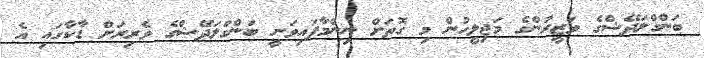
ބަންގްލަދޭޝްގެ ވަޒީރުންގެ މަޖިލީހުން މި ގޮތަށް ނިންމާފައިވަނީ ބަންގްލަދޭޝްގެ ވެރިރަށް ޑާކާގައި އެ